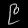
Digit: ၉